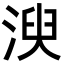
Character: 㳛